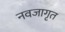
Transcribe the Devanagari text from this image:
नवजागृत